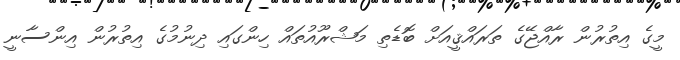
މީގެ އިތުރުން ރާއްޖޭގެ ތަރައްޤީއަށް ބޮޑެތި މަޝްރޫއުތައް ހިންގައި ދިނުމުގެ އިތުރުން އިންސާނީ